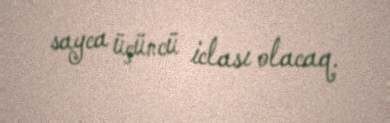
sayca üçüncü iclası olacaq.